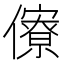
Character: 𠐟